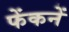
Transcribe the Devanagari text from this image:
फेंकनें